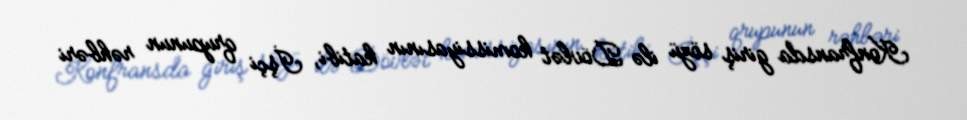
Konfransda giriş sözü ilə Dövlət komissiyasının katibi, İşçi qrupunun rəhbəri